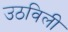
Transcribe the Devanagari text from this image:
उठविली